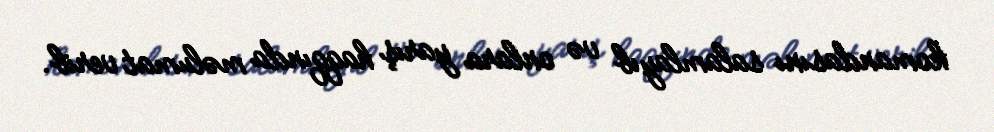
komandasını salamlayıb və onlara yarış haqqında məlumat verib.